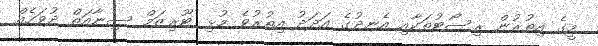
މީގެ އިތުރުން ރިސޯޓުތަކާއި އެނދުގެ އަދަދު އިތުރުވެ މުޅި ޓޫރިޒަމް ސިނާއަތް ދުވަހެއް